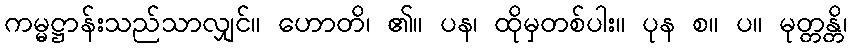
ကမ္မဋ္ဌာန်းသည်သာလျှင်။ ဟောတိ၊ ၏။ ပန၊ ထိုမှတစ်ပါး။ ပုန စ။ ပ။ မုတ္တန္တိ၊